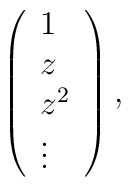
\left(        \begin{array}{l}                        1 \\ z \\ z^2 \\ \vdots        \end{array}        \right),